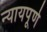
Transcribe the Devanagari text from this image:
न्‍यायपूर्ण